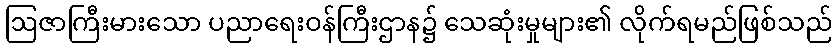
ဩဇာကြီးမားသော ပညာရေးဝန်ကြီးဌာန၌ သေဆုံးမှုများ၏ လိုက်ရမည်ဖြစ်သည်